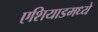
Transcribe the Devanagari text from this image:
एशियाडमध्ये